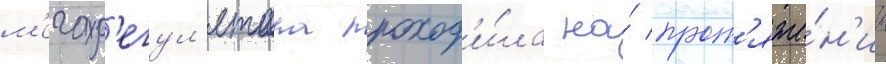
м'егар'егул'ятора проход'и́ла на́ прот'яже́н'ии